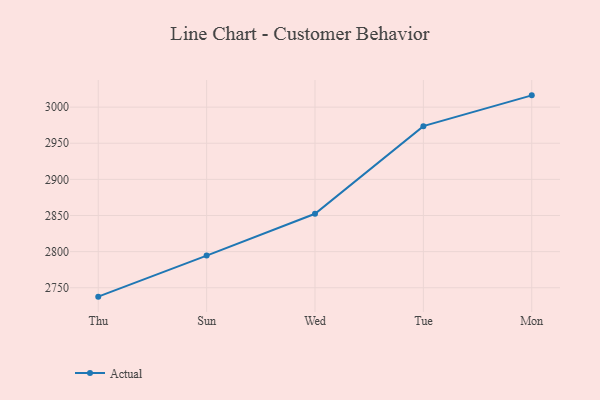
{"axis": {"x": "Day", "y": "Backlog"}, "legend": ["Actual"], "data": [{"x": "Thu", "y": 2737.7, "type": "Actual"}, {"x": "Sun", "y": 2794.5, "type": "Actual"}, {"x": "Wed", "y": 2852.4, "type": "Actual"}, {"x": "Tue", "y": 2973.7, "type": "Actual"}, {"x": "Mon", "y": 3016.3, "type": "Actual"}]}